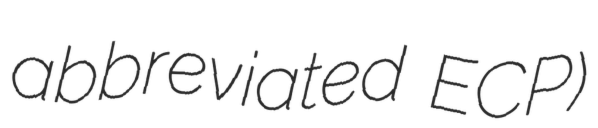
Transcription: abbreviated ECP)